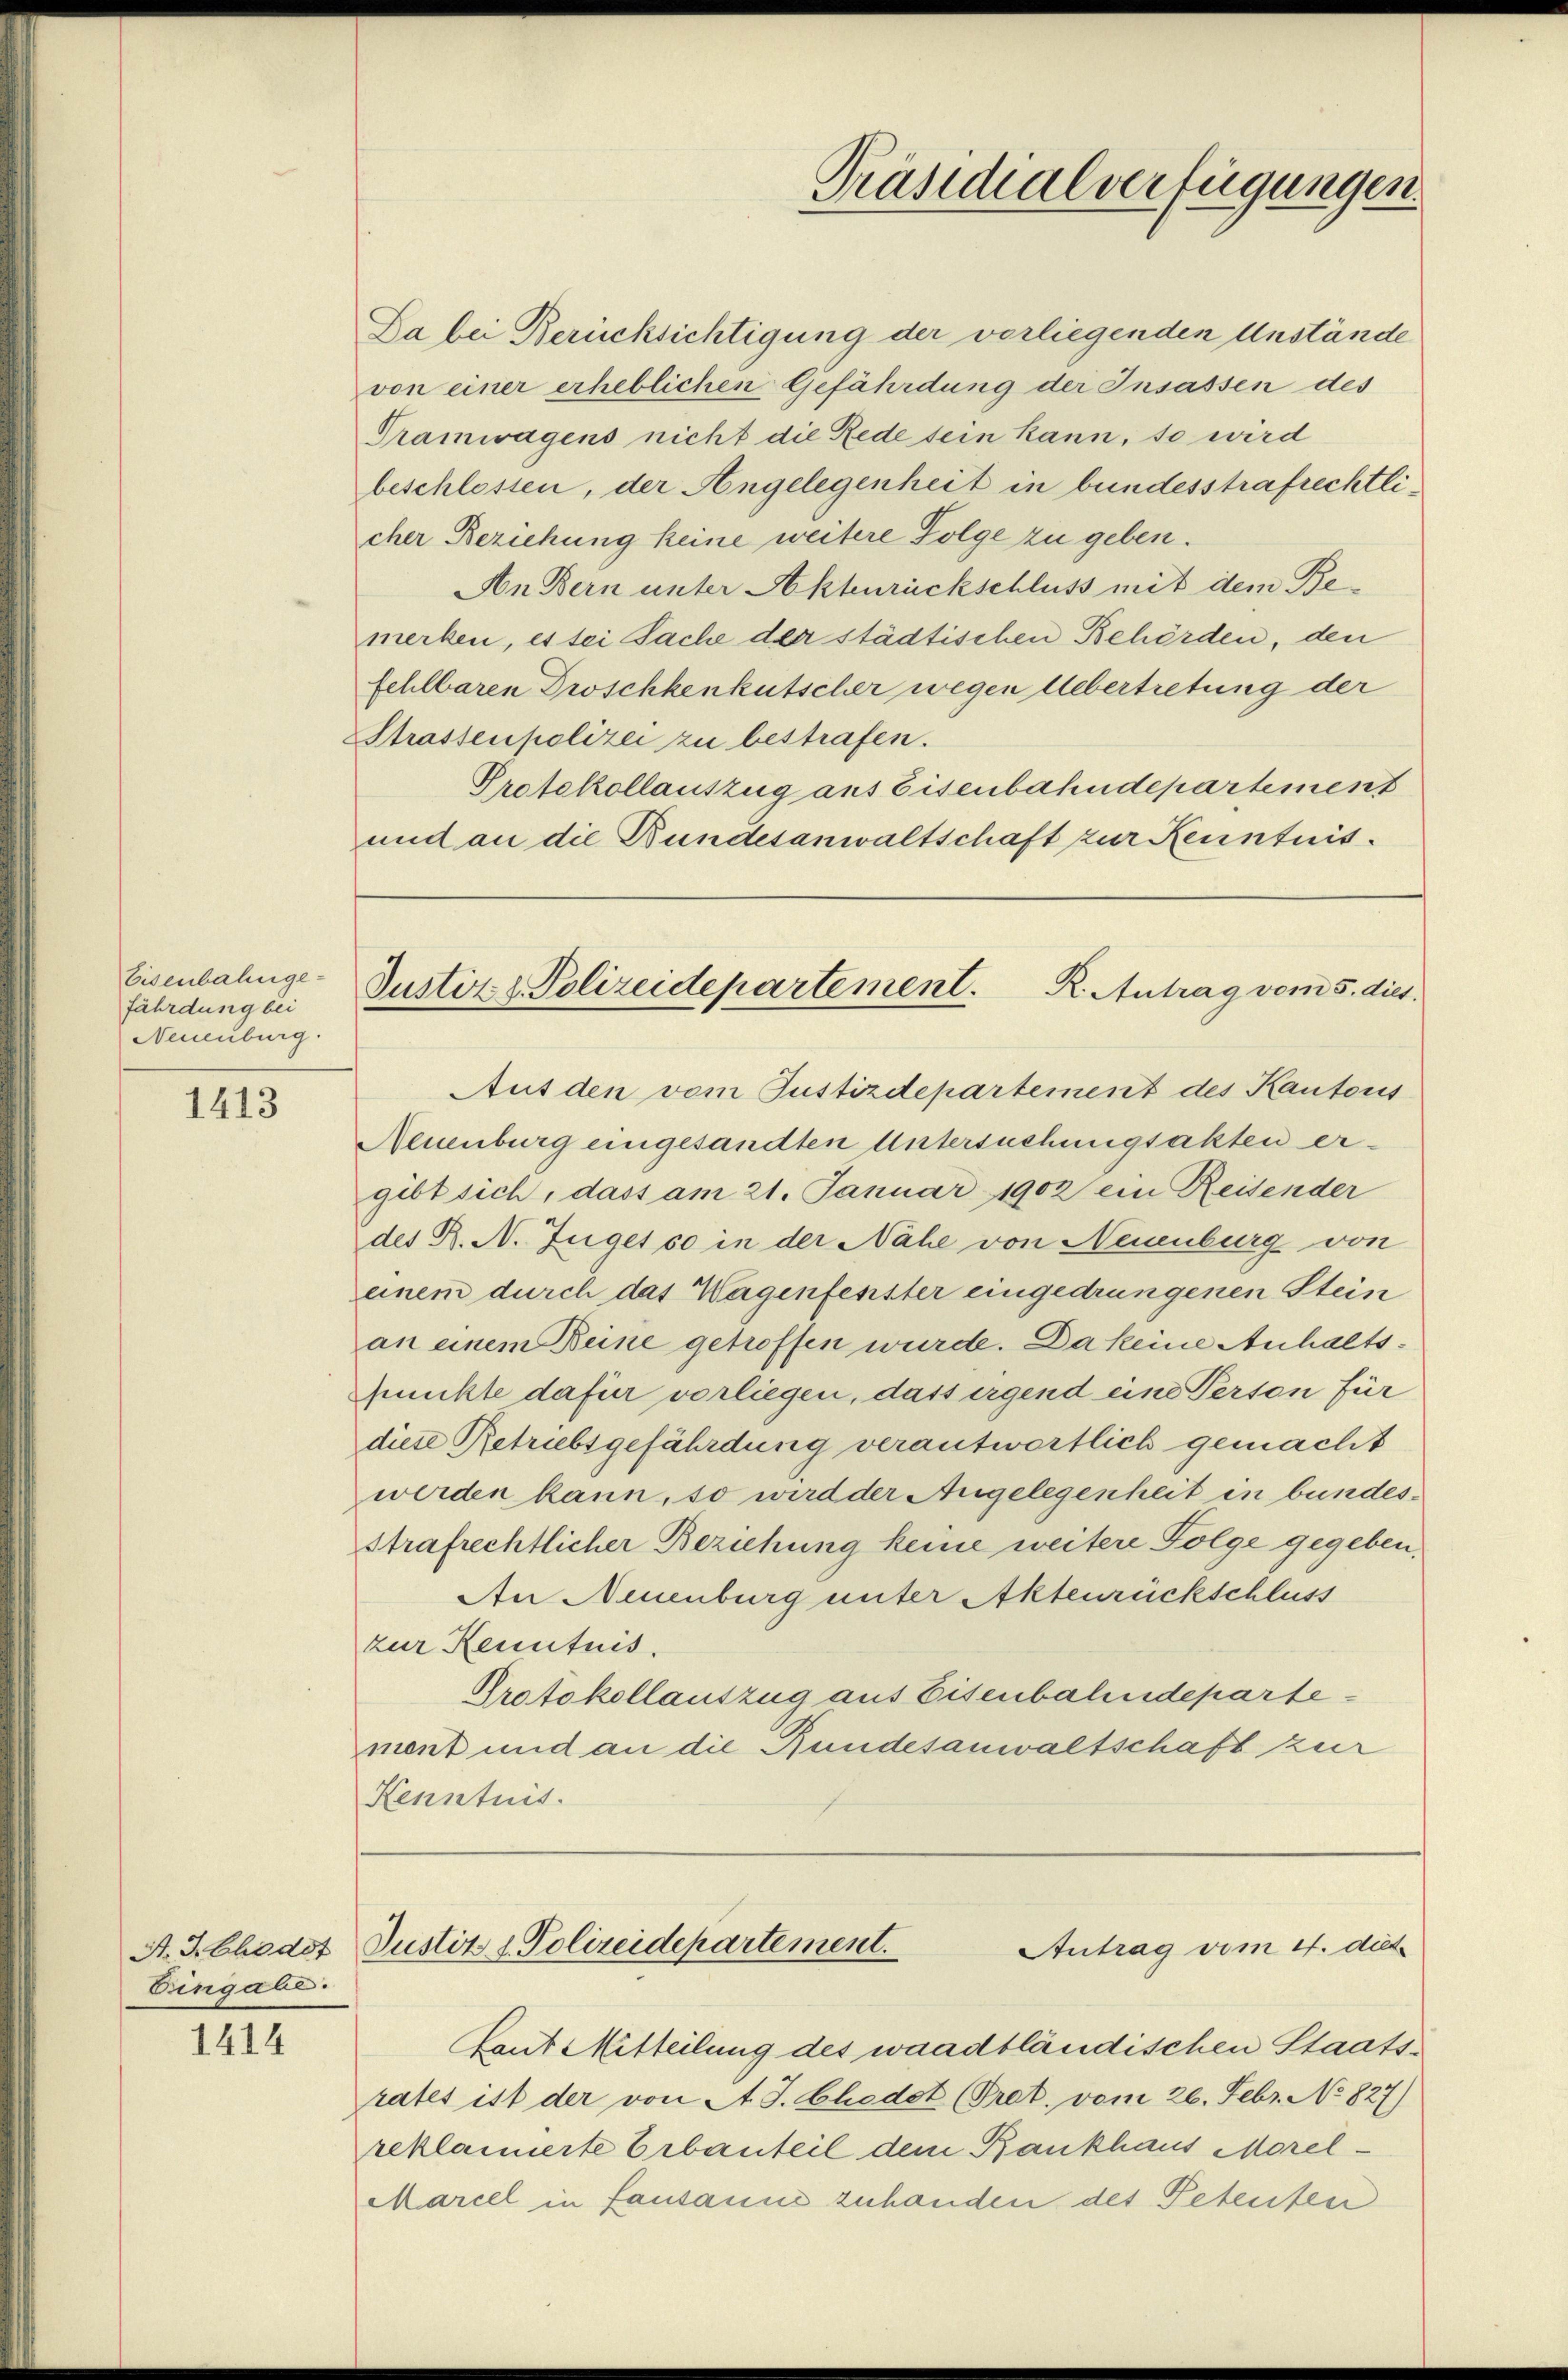
Eisenbahnge-
fährdung bei
Neuenburg.

1413

A. H. Chodst
Eingabe.

1414

und an die Bundesanwaltschaft zur Kenntnis.

Präsidialverfügungen.

Justiz & Polizeidepartement. R. Antrag vom 5. dies

Da bei Berücksichtigung der vorliegenden Anstände
von einer erheblichen Gefährdung der Insassen des
Tramwagens nicht die Rede sein kann, so wird
beschlossen, der Angelegenheit in bundesstrafrechtlicher Beziehung keine weitere Folge zu geben.
An Bern unter Akturückschluss mit dem Bemerken, es sei Sache der städtischen Behörden, den
fehlbaren Droschkenkutscher wegen Uebertretung der
Strassenpolizei zu bestrafen.
Protokollauszug aus Eisenbahndepartement
Aut den vom Justizdepartement des Kantons
Neuenburg eingesandten Untersuchungsakten ergibt sich, dass am 21. Januar 1902 ein Reisender
des B. N. Zuget so in der Nähe von Neuenburg von
einem durch das Wagenfenster eingedrungenen Stein
an einem Beine getroffen wurde. Da keine Anhaltspunkte dafür vorliegen, dass irgend eine Person für
diese Retriebsgefährdung verantwortlich gemacht
werden kann, so wird der Angelegenheit in bundesstrafrechtlicher Beziehung keine weitere Folge gegeben.
An Neuenburg unter Aktenrückschluss
zur Kenntnis.
Protokollauszug aus Eisenbahndepartement und an die Rundesanwaltschaft zur
Kenntnis.

Justiz & Polizeidepartement.
Antrag vom 17. dit.

Laut Mitteilung des waadtländischen Staatsrates ist der von A. J. Chodot (Trat. vom 26. Febr. No 827)
reklamierte Erbauteil dem Bankhaus Morel¬
Marcel in fausanne zuhanden des Petenten